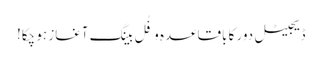
ڈیجیٹل دور کا باقاعدہ و فُل بینگ آغاز ہو چکا!